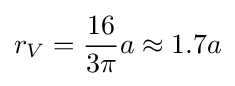
r_{V}={\frac {16}{3\pi }}a\approx 1.7a